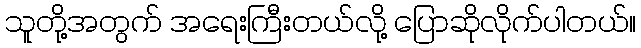
သူတို့အတွက် အရေးကြီးတယ်လို့ ပြောဆိုလိုက်ပါတယ်။